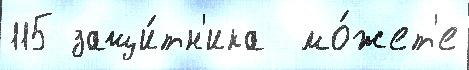
115 защи́тн'ика  мо́жет'е